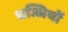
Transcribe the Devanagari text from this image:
धज्जियों